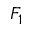
F _ { 1 }